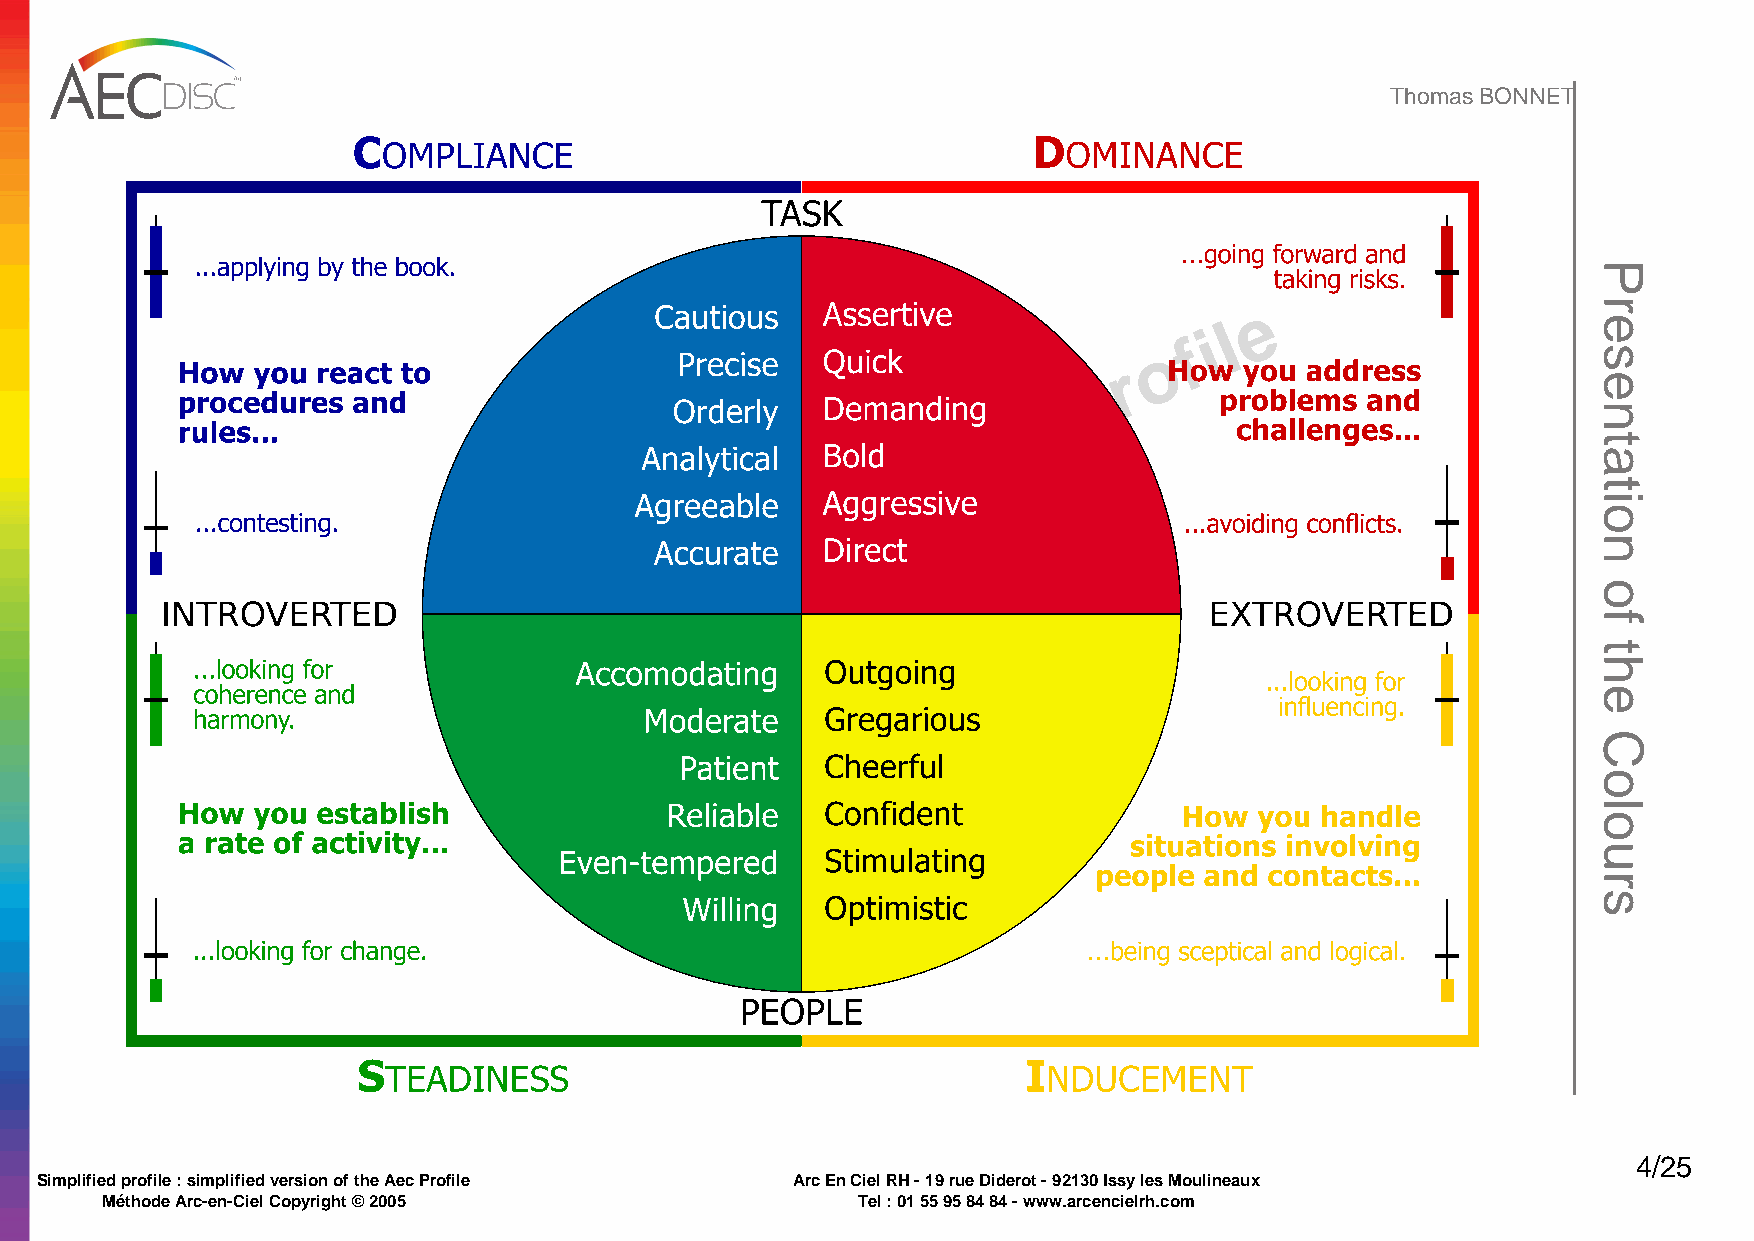
Thomas BONNET
 e
 l
 i
 f
 o
 r
 p
 d
 e
 i
 f
 i
 l
 p
 m
 i
 S
 4/25
 Simplified profile : simplified version of the Aec Profile Arc En Ciel RH - 19 rue Diderot - 92130 Issy les Moulineaux
 Méthode Arc-en-Ciel Copyright © 2005              Tel : 01 55 95 84 84 - www.arcencielrh.com
 Presentation
 of
 the
 Colours